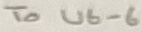
Text: To U6-6